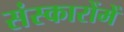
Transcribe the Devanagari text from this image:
संस्कारोंमें